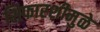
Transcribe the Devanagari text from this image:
शिफारशीमुळे